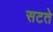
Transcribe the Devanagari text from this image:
सटते